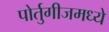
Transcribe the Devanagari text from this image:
पोर्तुगीजमध्ये